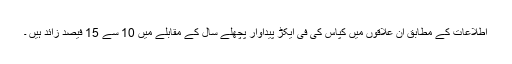
اطلاعات کے مطابق ان علاقوں میں کپاس کی فی ایکڑ پیداوار پچھلے سال کے مقابلے میں 10 سے 15 فیصد زائد ہیں ۔